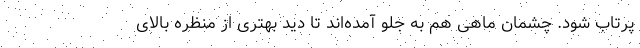
پرتاب شود. چشمان ماهی هم به جلو آمده‌اند تا دید بهتری از منظره بالای